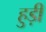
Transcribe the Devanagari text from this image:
हुड़ी